Annual report on the working of the mental hospitals in the Madras Presidency - 1912-1932
Year: 1912
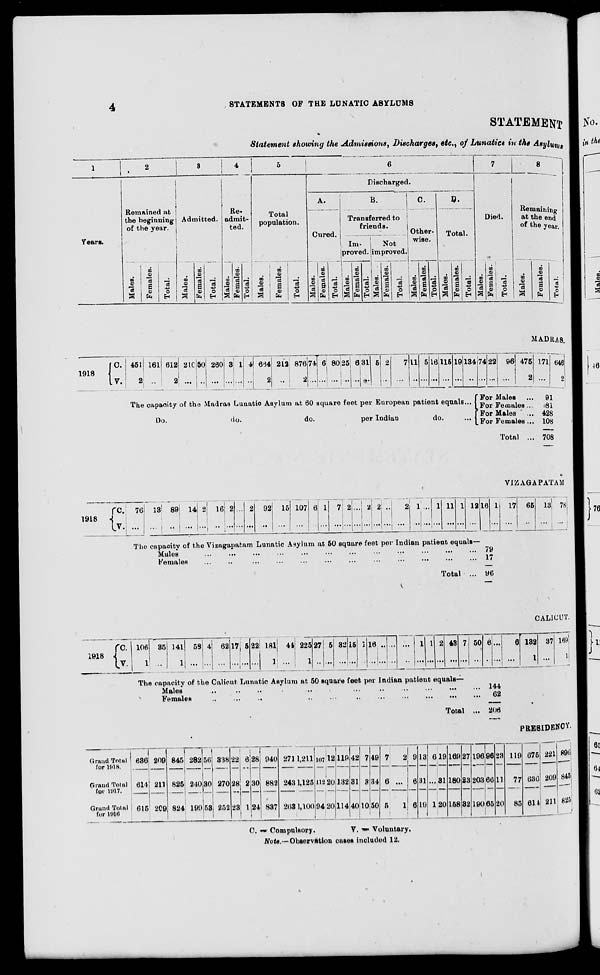
4
STATEMENTS OF THE LUNATIC ASYLUMS
STATEMENT
Statement showing the Admissions, Discharges, etc., of Lunatics in the Asylums
1
Years.
2
Remained at
the beginning
of the year.
Males.
Females.
Total.
3
Admitted.
Males.
Females.
Total.
4
Re-
admit-
ted.
Males.
Females.
Total.
5
Total
population.
Males.
Females.
Total.
6
Discharged.
A.
Cured.
Males.
Females.
Total.
B.
Transferred to
friends.
Im-
proved.
Males.
Females.
Total.
Not
improved.
Males.
Females.
Total.
C.
Other-
wise.
Males.
Females.
Total.
D.
Total.
Males.
Females.
Total.
7
Died.
Males.
Females.
Total.
8
Remaining
at the end
of the year.
Males.
Females.
Total.
MADRAS.
1918
C.
V.
451
2
161
...
612
2
210
...
50
...
260
...
3
...
1
...
4
...
664
2
212
...
876
2
74
...
6
...
80
...
25
...
6
...
31
...
5
...
2
...
7
...
11
...
5
...
16
...
115
...
19
...
134
...
The capacity of the Madras Lunatic Asylum at 60 square feet per European patient equals...
Do.
do.
do.
per Indian
do.
74
...
22
...
96
...
475
2
For Males ...
For Females ...
For Males ...
For Females ...
Total ...
171
...
646
2
91
81
428
108
708
VIZAGAPATAM.
1918
C.
V.
76
...
13
...
89
...
14
...
2
...
16
...
2
...
...
...
2
...
92
...
15
...
107
...
6
...
1
...
7
...
2
...
...
...
2
...
2
...
...
...
2
...
1
...
...
...
1
...
11
...
1
...
12
...
The capacity of the Vizagapatam Lunatic Asylum at 50 square feet per Indian patient equals—
Males ... ... ... ... ... ... ... ... ... ... ... ...
Females ... ... ... ... ... ... ... ... ... ... ... ...
Total ...
16
...
1
...
79
17
96
17
...
65
...
13
...
78
...
CALICUT.
1918
C.
V.
106
1
35
...
141
1
58
...
4
...
62
...
17
...
5
...
22
...
181
1
44
...
225
1
27
...
5
...
32
...
15
...
1
...
16
...
...
...
...
...
...
...
1
...
1
...
2
...
43
...
7
...
50
...
6
...
...
...
The capacity of the Calicut Lunatic Asylum at 50 square feet per Indian patient equals—
Males
...
...
...
...
...
...
...
...
...
...
...
...
Females
...
...
...
...
...
...
...
...
...
...
...
...
Total ...
144
62
206
6
...
132
1
37
...
169
1
PRESIDENCY.
Grand Total
for 1918.
Grand Total
for 1917.
Grand Total
for 1916.
636
614
615
209
211
209
845
825
824
282
240
199
56
30
53
338
270
252
22
28
23
6
2
1
28
30
24
940
882
837
271
243
263
1,211
1,125
1,100
107
112
94
12
20
20
119
132
114
42
31
40
7
3
10
49
34
50
7
6
5
2
...
1
9
6
6
13
31
19
6
...
1
19
31
20
169
180
158
27
23
32
196
203
190
96
66
65
23
11
20
119
77
85
675
636
614
221
209
211
896
845
825
C.
=
Compulsory.
V. = Voluntary.
Note.—Observation cases included 12.